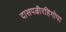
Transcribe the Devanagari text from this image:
दासपत्नीरहिगोपा